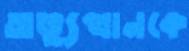
অভ্যুত্থানকে